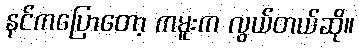
နင်ကပြောတော့ ကမူးက လွယ်တယ်ဆို။